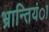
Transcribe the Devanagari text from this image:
भ्रान्तियंा